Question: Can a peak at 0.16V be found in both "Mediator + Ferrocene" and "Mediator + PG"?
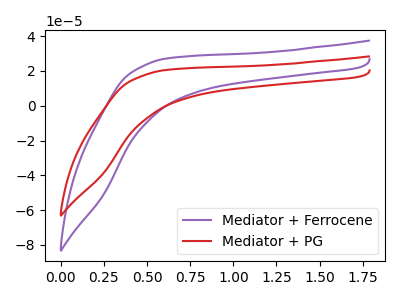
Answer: <think>The purple curve "Mediator + Ferrocene" has no peaks. The red curve "Mediator + PG" has no peaks.</think>
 <answer>No, "Mediator + Ferrocene" and "Mediator + PG" dont share a peak at 0.16V.</answer>
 <eval>mismatch</eval>